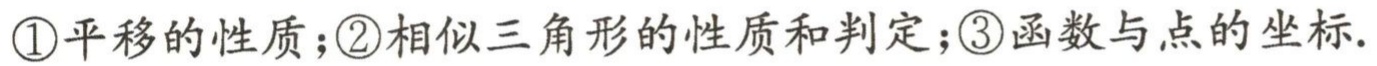
\textcircled{1}平移的性质；\textcircled{2}相似三角形的性质和判定；\textcircled{3}函数与点的坐标.